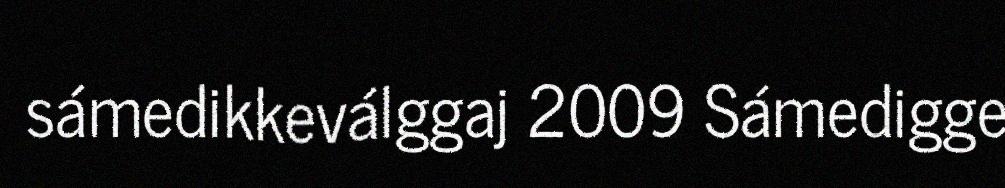
sámedikkeválggaj 2009 Sámedigge